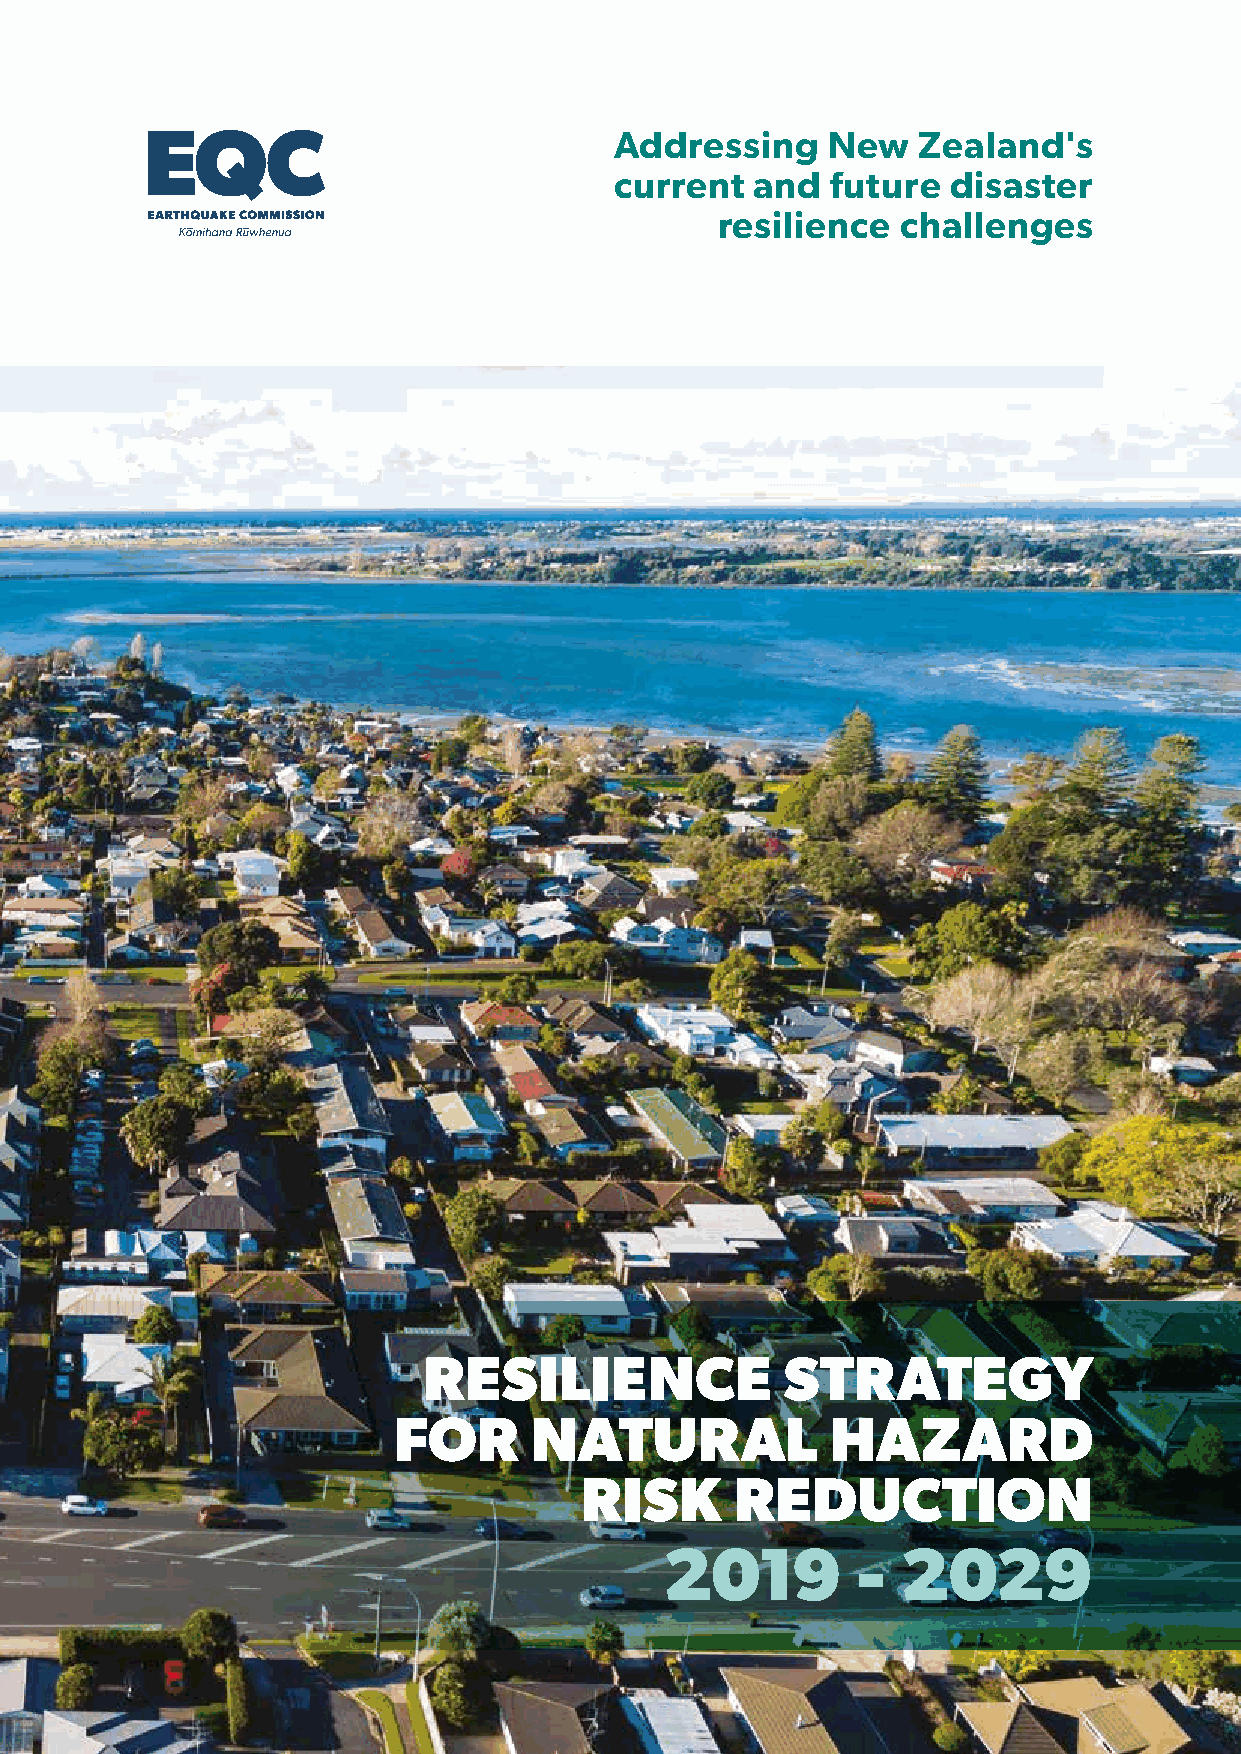
Addressing    New   Zealand's
 current  and  future  disaster
 resilience   challenges
 RESILIENCE              STRATEGY
 FOR      NATURAL             HAZARD
 RISK       REDUCTION
 2019         -  2029